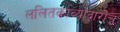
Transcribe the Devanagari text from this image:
ललितकाव्याद्वाराच